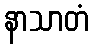
နာသာတံ